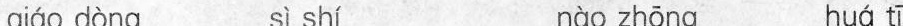
qiáo dòng sì shí nào zhōng huá tī